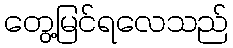
တွေ့မြင်ရလေသည်